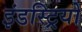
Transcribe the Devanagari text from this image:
इंडस्ट्रियों